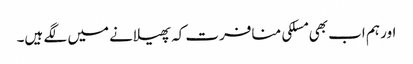
اور ہم اب بھی مسلکی منافرت کہ پھیلانے میں لگے ہیں۔